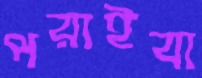
পরাইবা